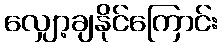
လျှော့ချနိုင်ကြောင်း